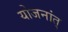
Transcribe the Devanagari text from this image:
योजनांत्‌